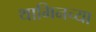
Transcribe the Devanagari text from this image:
थामिनच्या